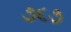
૭૬૭